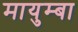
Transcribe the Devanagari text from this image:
मायुम्बा